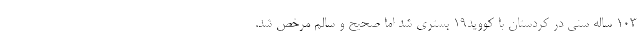
۱۰۳ ساله سنی در کردستان با کووید۱۹ بستری شد اما صحیح و سالم مرخص شد.